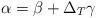
LaTeX: \begin{align*}\alpha = \beta + \Delta_T \gamma\end{align*}